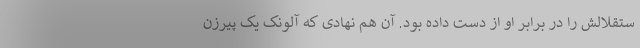
ستقلالش را در برابر او از دست داده بود. آن هم نهادی که آلونک یک پیرزن